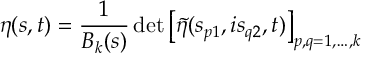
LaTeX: \eta ( s , t ) = \frac { 1 } { B _ { k } ( s ) } \, \mathrm { d e t } \left[ \tilde { \eta } ( s _ { p 1 } , i s _ { q 2 } , t ) \right] _ { p , q = 1 , \ldots , k }